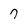
Character: 7